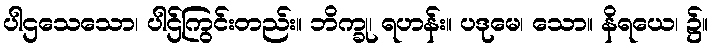
ပါဌသေသော၊ ပါဌ်ကြွင်းတည်း။ ဘိက္ခု၊ ရဟန်း။ ပဒုမေ၊ သော။ နိရယေ၊ ၌။